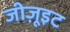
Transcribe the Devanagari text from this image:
जीज़ूइट